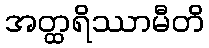
အတ္ထရိဿာမီတိ